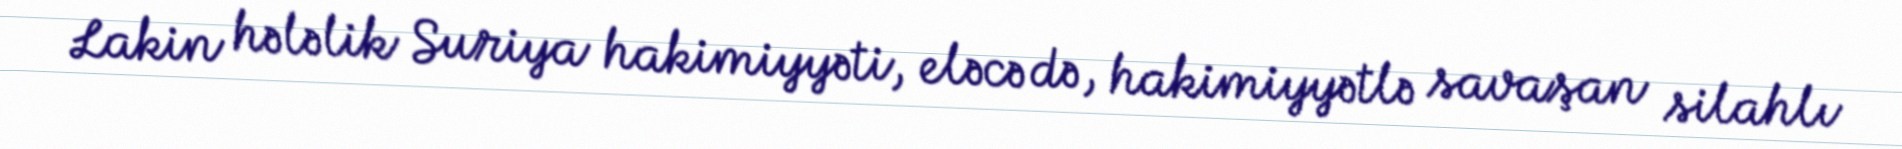
Lakin hələlik Suriya hakimiyyəti, eləcə də, hakimiyyətlə savaşan silahlı